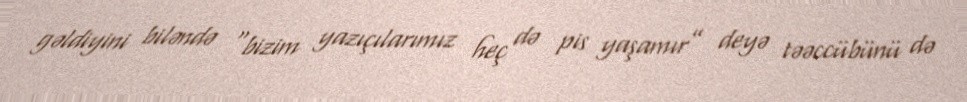
gəldiyini biləndə “bizim yazıçılarımız heç də pis yaşamır” deyə təəccübünü də